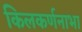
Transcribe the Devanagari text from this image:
किलकर्णनाभा